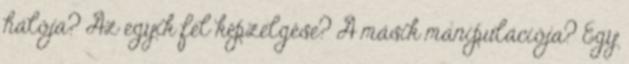
hálója? Az egyik fél képzelgése? A másik manipulációja? Egy